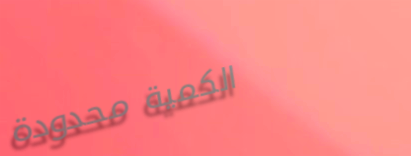
الكمية محدودة